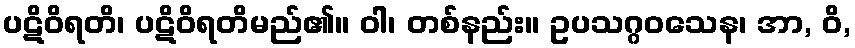
ပဋိဝိရတိ၊ ပဋိဝိရတိမည်၏။ ဝါ၊ တစ်နည်း။ ဥပသဂ္ဂဝသေန၊ အာ, ဝိ,